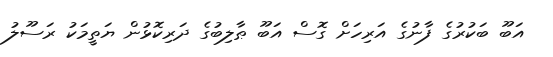
އަބޫ ބަކުރުގެ ފާނުގެ އަރިހަށް ގޮސް އަބޫ ޠާލިބުގެ ދަރިކޮޅުން ޔަތީމަކު ރަސޫލު